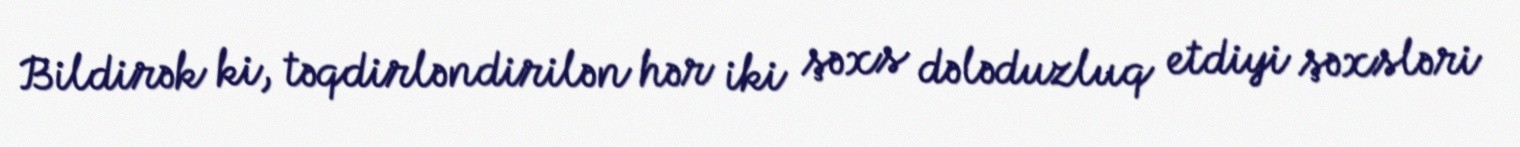
Bildirək ki, təqdirləndirilən hər iki şəxs dələduzluq etdiyi şəxsləri